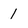
Character: 1